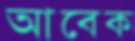
আবেক